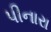
પીનારા